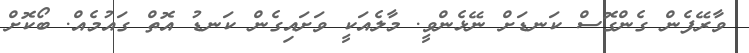
ވާރޭފެން ގެންގޮސް ކަނޑަށް ނޭޅެންވީ. މާލެއަކީ ވަށައިގެން ކަނޑު އޮތް ގައުމެއް. ބޯކޮށް